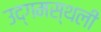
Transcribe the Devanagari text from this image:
उद्गमस्थली